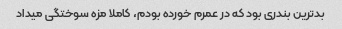
بدترین بندری بود که در عمرم خورده بودم، کاملا مزه سوختگی میداد‌